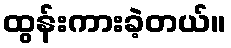
ထွန်းကားခဲ့တယ်။